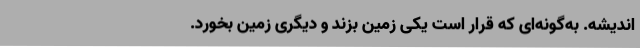
اندیشه. به‌گونه‌ای که قرار است یکی زمین بزند و دیگری زمین بخورد.